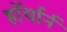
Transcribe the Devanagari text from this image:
हॉर्थार्न